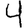
Digit: 4